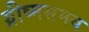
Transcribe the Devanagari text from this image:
ग्रीष्मसमय